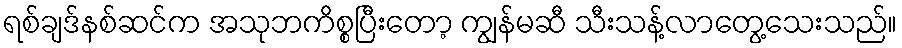
ရစ်ချဒ်နစ်ဆင်က အသုဘကိစ္စပြီးတော့ ကျွန်မဆီ သီးသန့်လာတွေ့သေးသည်။